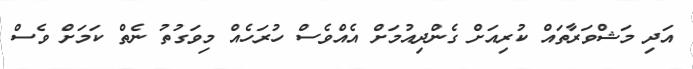
އަދި މަޝްވަރާތައް ކުރިއަށް ގެންދިއުމަށް އެއްވެސް ހުރަހެއް މިވަގުތު ނެތް ކަމަށް ވެސް